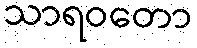
သာရဝတော